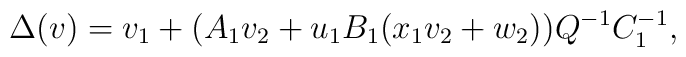
\Delta (v) = v_1+ (A_1v_2+u_1B_1(x_1v_2+w_2))Q^{-1}C_1^{-1},